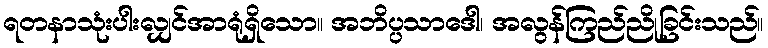
ရတနာသုံးပါးလျှင်အာရုံရှိသော။ အဘိပ္ပသာဒေါ၊ အလွန်ကြည်ညိုခြင်းသည်။